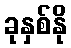
ခုနှစ်နို